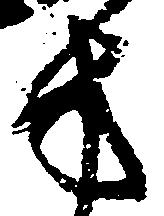
方